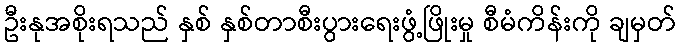
ဦးနုအစိုးရသည် နှစ် နှစ်တာစီးပွားရေးဖွံ့ဖြိုးမှု စီမံကိန်းကို ချမှတ်